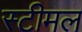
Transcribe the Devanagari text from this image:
स्टीमल